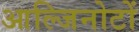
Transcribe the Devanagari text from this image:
आल्जिनोटों